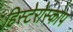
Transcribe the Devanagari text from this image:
हिस्टेरोस्कोप